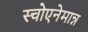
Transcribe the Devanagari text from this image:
स्चोएनेमान्न